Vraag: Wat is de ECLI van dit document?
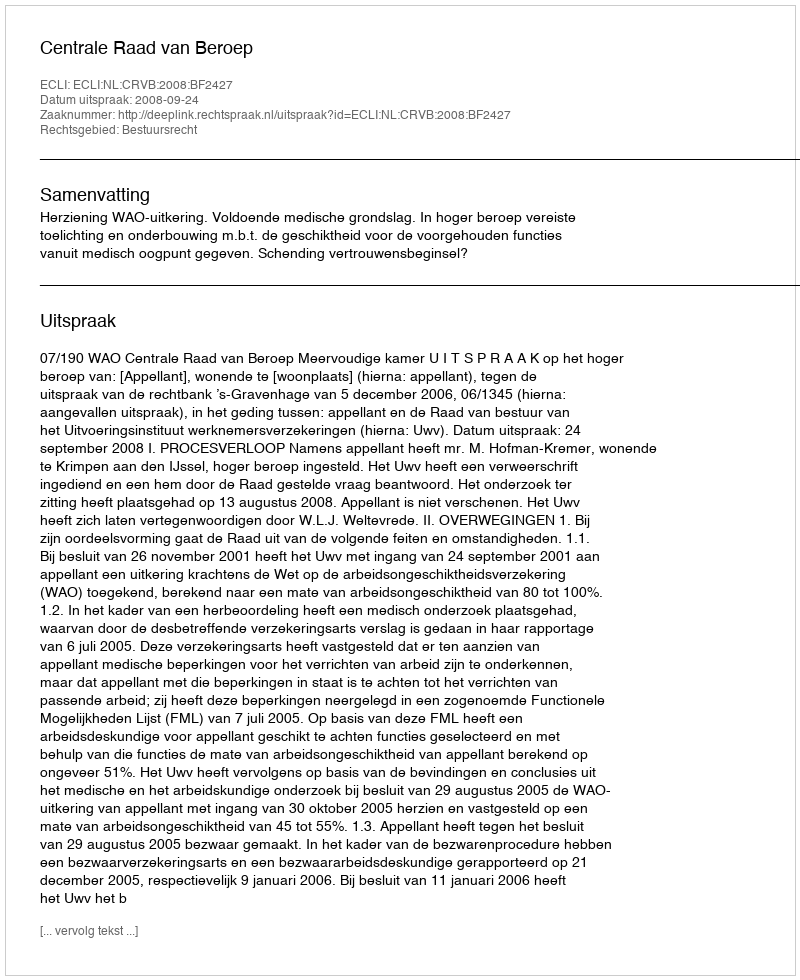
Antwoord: ECLI:NL:CRVB:2008:BF2427